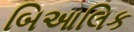
બિઆલિક